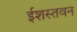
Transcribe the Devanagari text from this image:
ईशस्तवन